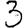
Digit: 3